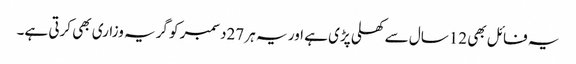
یہ فائل بھی 12سال سے کھلی پڑی ہے اور یہ ہر 27دسمبر کو گریہ وزاری بھی کرتی ہے۔